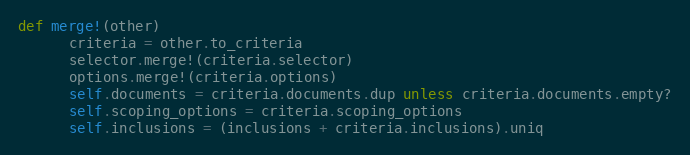
Language: Ruby
def merge!(other)
      criteria = other.to_criteria
      selector.merge!(criteria.selector)
      options.merge!(criteria.options)
      self.documents = criteria.documents.dup unless criteria.documents.empty?
      self.scoping_options = criteria.scoping_options
      self.inclusions = (inclusions + criteria.inclusions).uniq